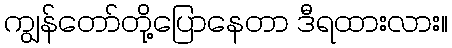
ကျွန်တော်တို့ပြောနေတာ ဒီရထားလား။